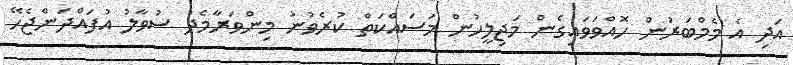
އަދި އެ މެމްބަރުން ހޮއްވަވައިގެން މަޖިލީހުން މަސައްކަތް ކުރެވުނު މިންވަރާމެދު ސުވާލު އުފައްދަންޖެހޭ